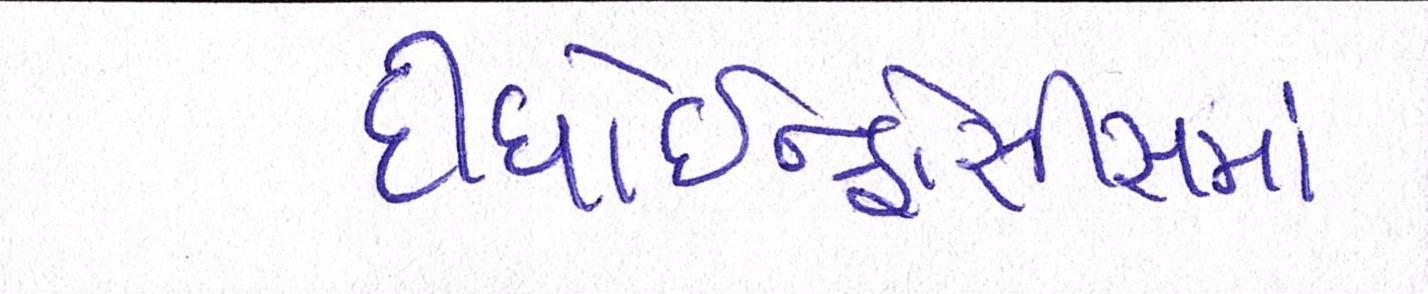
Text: દીધોઇન્ફોસીસમાં